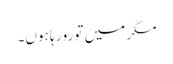
مگر میں تو رو رہا ہوں۔